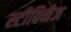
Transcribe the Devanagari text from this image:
स्टीविनेज